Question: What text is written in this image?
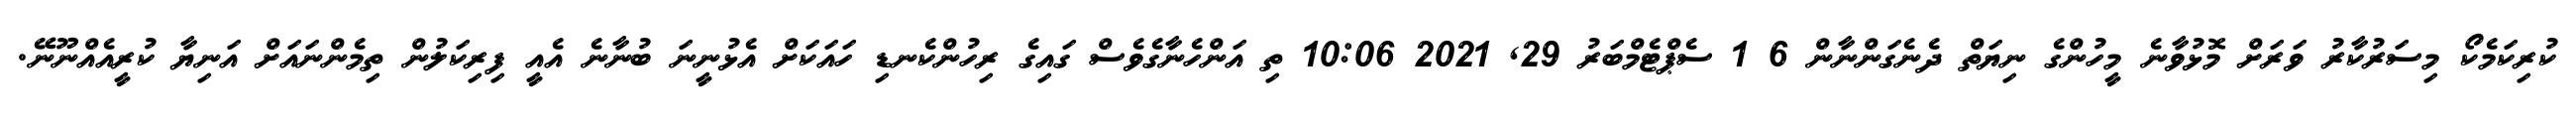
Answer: ކުރިކަމެކޯ މިސަރުކާރު ވަރަށް މޮޅުވާނެ މީހުންގެ ނިޔަތް ދެނެގަންނާން 6 1 ސެޕްޓެމްބަރު 29, 2021 10:06 ތި އަންހެނާގެވެސް ގައިގެ ރިހުންކެނޑި ހައަކަށް އެޅުނީނަ ބުނާނެ އެއީ ފިރިކަލުން ތިމެންނައަށް އަނިޔާ ކުރީއެއްނޫނޭ.